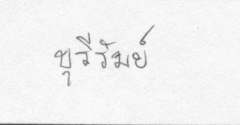
บุรีรัมย์